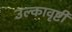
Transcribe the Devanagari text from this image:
उल्कावृष्टी